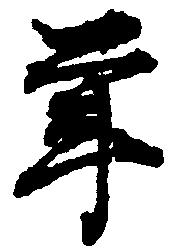
年